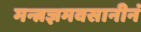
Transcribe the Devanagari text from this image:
मन्त्रज्ञमवसानीनं